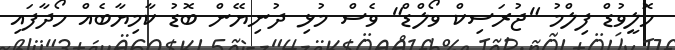
ހޮލީވުޑް ފިލްމު "ޖުރަސިކް ވޯލްޑް" ވެސް މުޅި ދުނިޔޭން ބޮޑު ކާމިޔާބެއް ހޯދާފައި